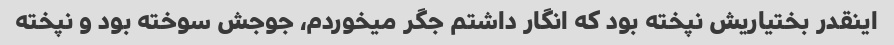
اینقدر بختیاریش نپخته بود که انگار داشتم جگر میخوردم، جوجش سوخته بود و نپخته